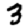
Digit: 3